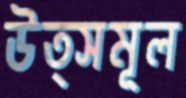
উত্সমূল